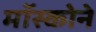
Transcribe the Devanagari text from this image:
मॉस्कोने